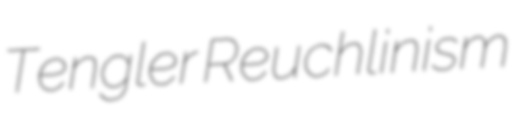
Tengler Reuchlinism